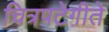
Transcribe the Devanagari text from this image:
चित्रपटेगीते